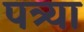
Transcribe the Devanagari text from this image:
पत्र्या